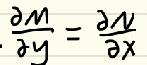
\[
\frac{\partial M}{\partial y}=\frac{\partial N}{\partial x}
\]